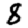
Digit: 8